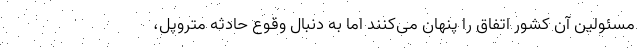
مسئولین آن کشور اتفاق را پنهان می‌کنند اما به دنبال وقوع حادثه متروپل،